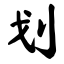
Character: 划